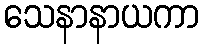
သေနာနာယကာ